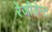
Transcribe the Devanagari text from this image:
रेजीडेन्ट